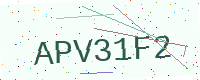
Text: APV31F2